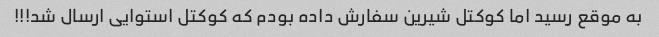
به موقع رسید اما کوکتل شیرین سفارش داده بودم که کوکتل استوایی ارسال شد!!!